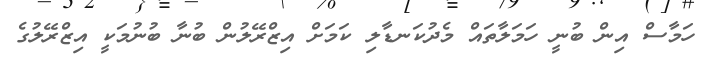
ހަމާސް އިން ބުނީ ހަމަލާތައް މެދުކަނޑާލި ކަމަށް އިޒްރޭލުން ބުނާ ބުނުމަކީ އިޒްރޭލުގެ